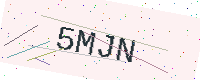
Text: 5MJN